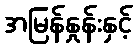
အမြန်နှုန်းနှင့်